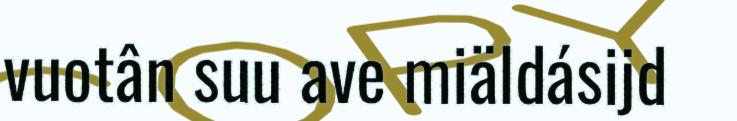
vuotân suu ave miäldásijd